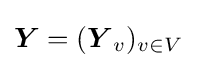
{\boldsymbol {Y}}=({\boldsymbol {Y}}_{v})_{v\in V}